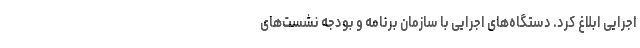
اجرایی ابلاغ کرد. دستگاه‌های اجرایی با سازمان برنامه و بودجه نشست‌های